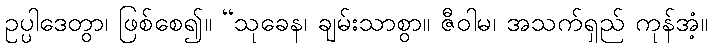
ဥပ္ပါဒေတွာ၊ ဖြစ်စေ၍။ “သုခေန၊ ချမ်းသာစွာ။ ဇီဝါမ၊ အသက်ရှည် ကုန်အံ့။